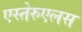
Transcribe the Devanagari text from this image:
एस्तेरुएलस